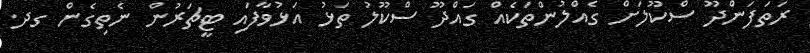
ރަތަފަންދޫ ސްކޫލަށް ގެއްލުންތަކެއް ގައްދޫ ސްކޫލު ތަޅު އަޅުވާފައި ޓީޗަރުން ނެތިގެން ގދ.